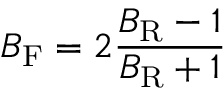
B _ { \mathrm { F } } = 2 { \frac { B _ { \mathrm { R } } - 1 } { B _ { \mathrm { R } } + 1 } }